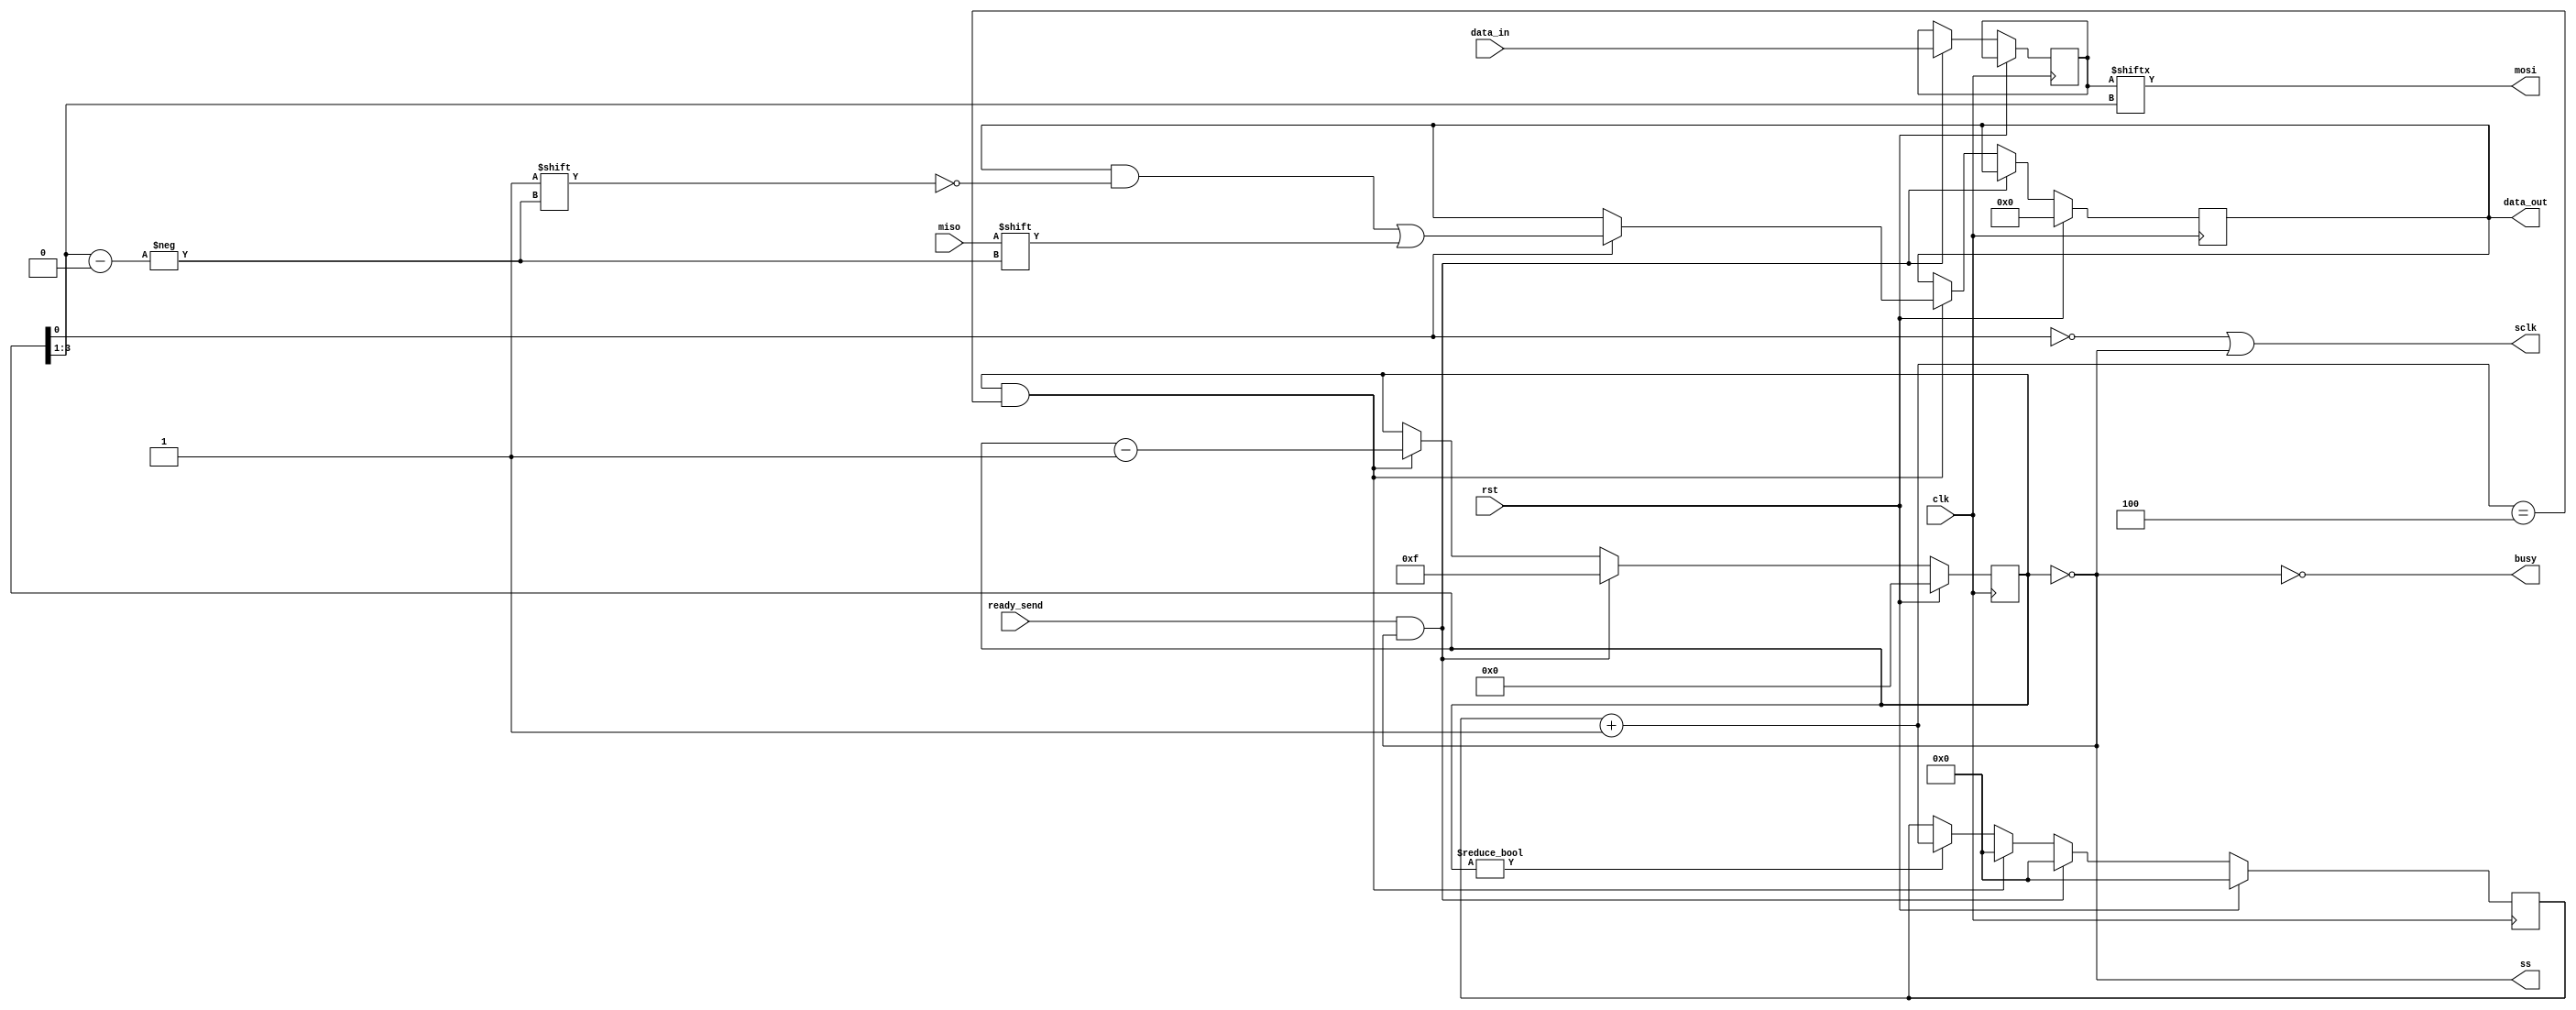
module spi #(
    parameter clk_divisor=8    // SCLK shall be this many
                               //     times slower than CLK;
                               //     can only be an even number.
)
(
    input           clk,        // Processor clock
    input           rst,        // Processor reset

    input     [7:0] data_in,    // Data to be transferred
    output reg[7:0] data_out,   // Received data
    input           ready_send, // Initialize transfer
    output          busy,       // Transaction is in progress

    input           miso,       // Master in slave out
    output          mosi,       // Master out slave in
    output          sclk,       // SPI clock
    output          ss          // Slave select
);

reg[ 3:0] sctr;
reg[ 7:0] data_in_reg;

reg[31:0] ctr;

assign ss   = sctr == 0;
assign sclk = !sctr[0] || ss;
assign mosi = data_in_reg[sctr >> 1];
assign busy = !ss;

always @(posedge clk) begin
    if (rst) begin
        sctr        <= 0;
        ctr         <= 0;
        data_out    <= 0;
    end else if (ready_send && !sctr) begin
        data_in_reg <= data_in;
        sctr        <= 15;
        ctr         <= 0;
    end else if (sctr && ctr + 1 == clk_divisor >> 1) begin
        ctr <= 0;
        if (sctr[0])
            data_out[sctr >> 1] <= miso;
        sctr <= sctr - 1;
    end else if (sctr) begin
        ctr <= ctr + 1;
    end
end

endmodule